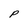
Character: P